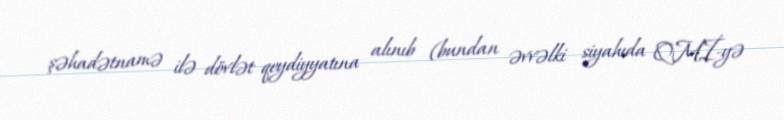
şəhadətnamə ilə dövlət qeydiyyatına alınıb (bundan əvvəlki siyahıda QMİ-yə